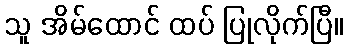
သူ အိမ်ထောင် ထပ် ပြုလိုက်ပြီ။